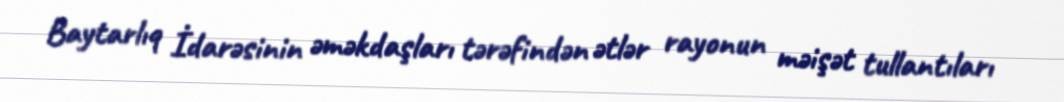
Baytarlıq İdarəsinin əməkdaşları tərəfindən ətlər rayonun məişət tullantıları